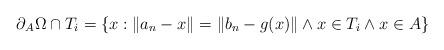
LaTeX: \begin{align*}\partial_{A}\Omega\cap T_{i}=\left\{ x:\|a_{n}-x\|=\|b_{n}-g(x)\|\land x\in T_{i}\land x\in A\right\} \end{align*}